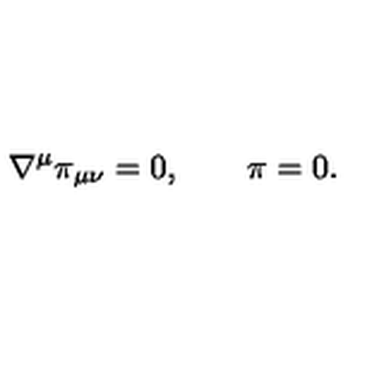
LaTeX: \nabla ^ { \mu } \pi _ { \mu \nu } = 0 , \qquad \pi = 0 .